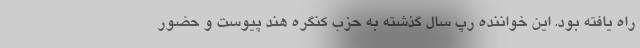
راه یافته بود. این خواننده رپ سال گذشته به حزب کنگره هند پیوست و حضور